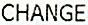
CHANGE